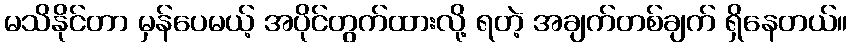
မသိနိုင်တာ မှန်ပေမယ့် အပိုင်တွက်ထားလို့ ရတဲ့ အချက်တစ်ချက် ရှိနေတယ်။